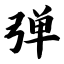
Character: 弹